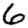
Digit: 6